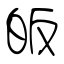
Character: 皈